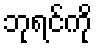
ဘုရင်ကို